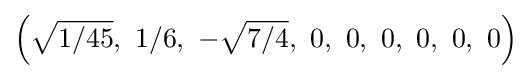
\left({\sqrt {1/45}},\ 1/6,\ -{\sqrt {7/4}},\ 0,\ 0,\ 0,\ 0,\ 0,\ 0\right)